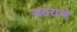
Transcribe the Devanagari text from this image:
जठराचे